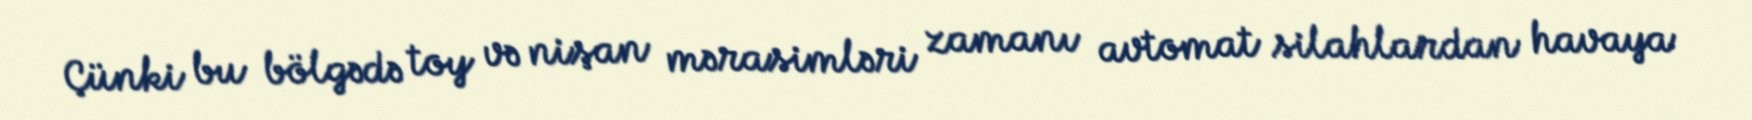
Çünki bu bölgədə toy və nişan mərasimləri zamanı avtomat silahlardan havaya